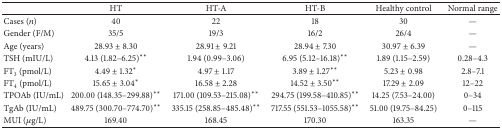
<table><thead><tr><td><b> </b></td><td><b>HT</b></td><td><b>HT-A</b></td><td><b>HT-B</b></td><td><b>Healthy control</b></td><td><b>Normal range</b></td></tr></thead><tbody><tr><td>Cases (<i>n</i>)</td><td>40</td><td>22</td><td>18</td><td>30</td><td>—</td></tr><tr><td>Gender (F/M)</td><td>35/5</td><td>19/3</td><td>16/2</td><td>26/4</td><td>—</td></tr><tr><td>Age (years)</td><td>28.93 ± 8.30</td><td>28.91 ± 9.21</td><td>28.94 ± 7.30</td><td>30.97 ± 6.39</td><td>—</td></tr><tr><td>TSH (mIU/L)</td><td>4.13 (1.82–6.25)<sup>**</sup></td><td>1.94 (0.99–3.06)</td><td>6.95 (5.12–16.18)<sup>**</sup></td><td>1.89 (1.15–2.59)</td><td>0.28–4.3</td></tr><tr><td>FT<sub>3</sub> (pmol/L)</td><td>4.49 ± 1.32<sup>*</sup></td><td>4.97 ± 1.17</td><td>3.89 ± 1.27<sup>**</sup></td><td>5.23 ± 0.98</td><td>2.8–7.1</td></tr><tr><td>FT<sub>4</sub> (pmol/L)</td><td>15.65 ± 3.04<sup>*</sup></td><td>16.58 ± 2.28</td><td>14.52 ± 3.50<sup>**</sup></td><td>17.29 ± 2.09</td><td>12–22</td></tr><tr><td>TPOAb (IU/mL)</td><td>200.00 (148.35–299.88)<sup>**</sup></td><td>171.00 (109.53–215.08)<sup>**</sup></td><td>294.75 (199.58–410.85)<sup>**</sup></td><td>14.25 (7.53–24.00)</td><td>0–34</td></tr><tr><td>TgAb (IU/mL)</td><td>489.75 (300.70–774.70)<sup>**</sup></td><td>335.15 (258.85–485.48)<sup>**</sup></td><td>717.55 (551.53–1055.58)<sup>**</sup></td><td>51.00 (19.75–84.25)</td><td>0–115</td></tr><tr><td>MUI (<i>μ</i>g/L)</td><td>169.40</td><td>168.45</td><td>170.30</td><td>163.35</td><td>—</td></tr></tbody></table>